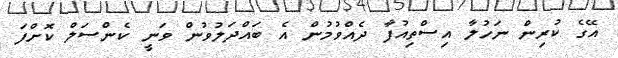
އޭގެ ކުރިން ނަހުލާ އިސްތިއުފާ ދެއްވުމުން އެ ބައްދަލުވުން ވަނީ ކެންސަލް ކޮށްފަ